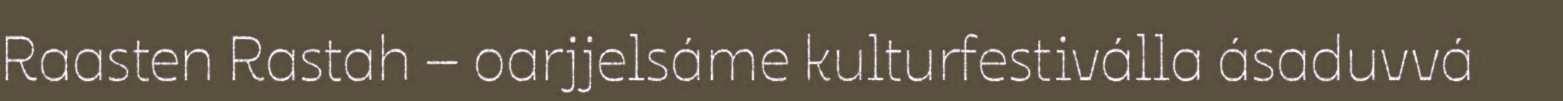
Raasten Rastah – oarjjelsáme kulturfestiválla ásaduvvá